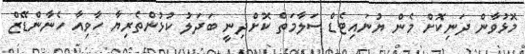
މޮޅުވާން ދަނިކޮށް މެން ޔުނައިޓެޑް ސަލާމަތް ކޮށްދިނީ ބަދަލު ކުޅުންތެރިޔާ ހާވިއާ ހެނާންޑޭޒް